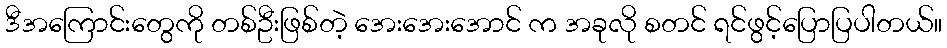
ဒီအကြောင်းတွေကို တစ်ဦးဖြစ်တဲ့ အေးအေးအောင် က အခုလို စတင် ရင်ဖွင့်ပြောပြပါတယ်။